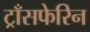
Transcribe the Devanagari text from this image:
ट्राँसफेरिन